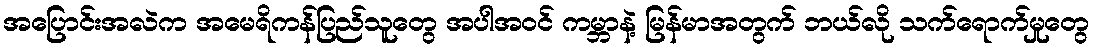
အပြောင်းအလဲက အမေရိကန်ပြည်သူတွေ အပါအဝင် ကမ္ဘာနဲ့ မြန်မာအတွက် ဘယ်လို သက်ရောက်မှုတွေ